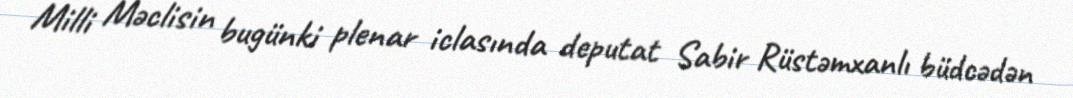
Milli Məclisin bugünki plenar iclasında deputat Sabir Rüstəmxanlı büdcədən